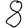
Digit: 8